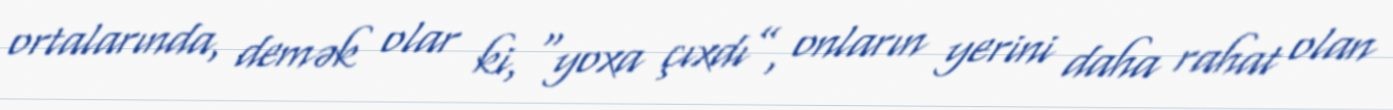
ortalarında, demək olar ki, “yoxa çıxdı”, onların yerini daha rahat olan